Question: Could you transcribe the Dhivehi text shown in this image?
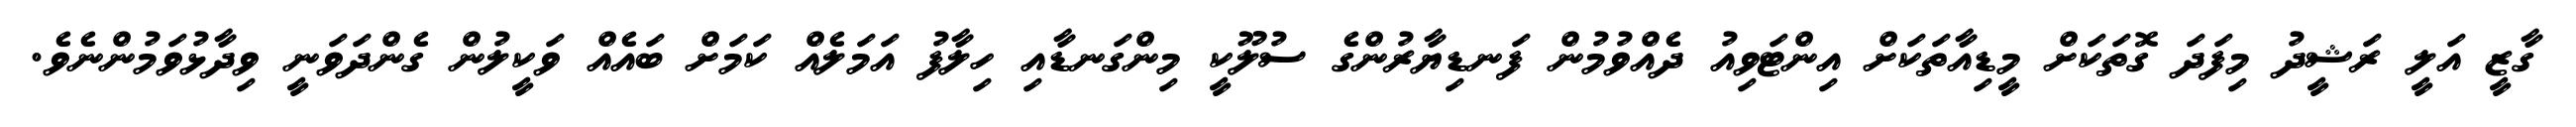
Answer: ގާޒީ އަލީ ރަޝީދު މިފަދަ ގޮތަކަށް މީޑިއާތަކަށް އިންޓަވިއު ދެއްވުމުން ފަނޑިޔާރުންގެ ސުލޫކީ މިންގަނޑާއި ހިލާފު އަމަލެއް ކަމަށް ބައެއް ވަކީލުން ގެންދަވަނީ ވިދާޅުވަމުންނެވެ.